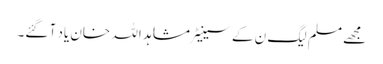
مجھے مسلم لیگ ن کے سینیٹر مشاہد اللہ خان یاد آ گئے۔